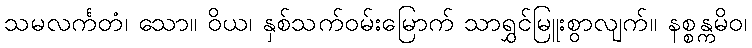
သမလင်္ကတံ၊ သော။ ဝိယ၊ နှစ်သက်ဝမ်းမြောက် သာရွှင်မြူးစွာလျက်။ နစ္စန္ကမိဝ၊